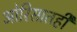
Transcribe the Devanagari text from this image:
ओरिसातही